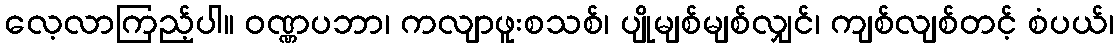
လေ့လာကြည့်ပါ။ ဝဏ္ဏပဘာ၊ ကလျာဖူးစသစ်၊ ပျိုမျစ်မျစ်လျှင်၊ ကျစ်လျစ်တင့် စံပယ်၊